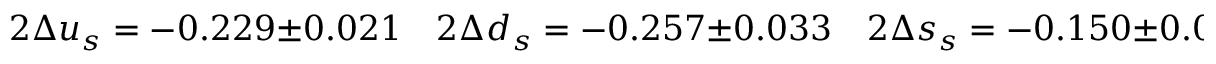
2 \Delta u _ { s } = - 0 . 2 2 9 \pm 0 . 0 2 1 \quad 2 \Delta d _ { s } = - 0 . 2 5 7 \pm 0 . 0 3 3 \quad 2 \Delta s _ { s } = - 0 . 1 5 0 \pm 0 . 0 9 0